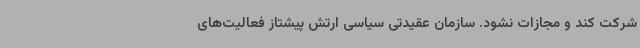
شرکت کند و مجازات نشود. سازمان عقیدتی سیاسی ارتش پیشتاز فعالیت‌های